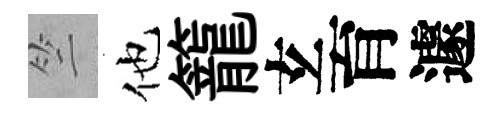
竺他籠𤣥育遽